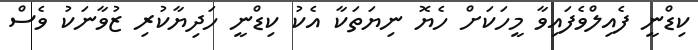
ކިޑްނީ ފެއިލްވެފައިވާ މީހަކަށް ހެޔޮ ނިޔަތަކާ އެކު ކިޑްނީ ހަދިޔާކުރި ޒުވާނަކު ވެސް